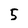
Character: 5